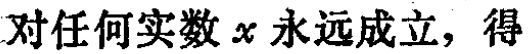
对任何实数 \(x\) 永远成立，得